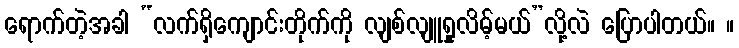
ရောက်တဲ့အခါ “လက်ရှိကျောင်းတိုက်ကို လျစ်လျူရှုလိမ့်မယ်”လို့လဲ ပြောပါတယ်။ ။